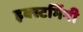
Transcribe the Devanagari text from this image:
इक्स्टर्मिनी